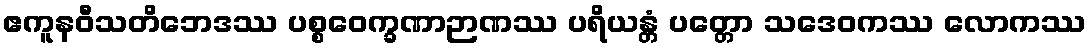
ဧကူနဝီသတိဘေဒဿ ပစ္စဝေက္ခဏာဉာဏဿ ပရိယန္တံ ပတ္တော သဒေဝကဿ လောကဿ